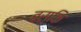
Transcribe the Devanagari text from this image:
बस्कि